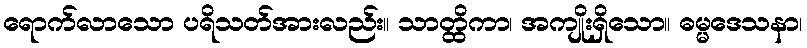
ရောက်လာသော ပရိသတ်အားလည်း။ သာတ္ထိကာ၊ အကျိုးရှိသော။ ဓမ္မဒေသနာ၊